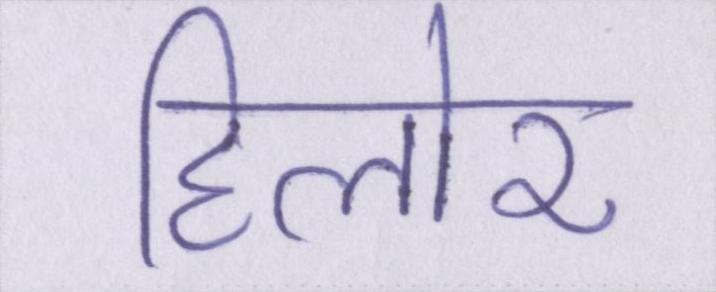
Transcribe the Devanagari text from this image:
हिलोर